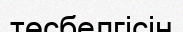
төсбелгісін